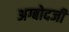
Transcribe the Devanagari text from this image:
अग्बोदजी